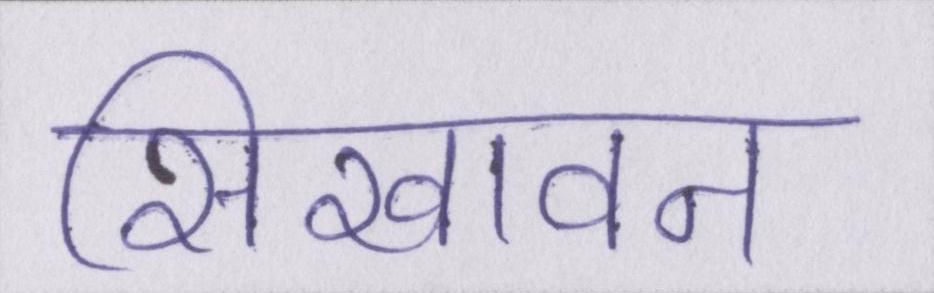
सिखावन